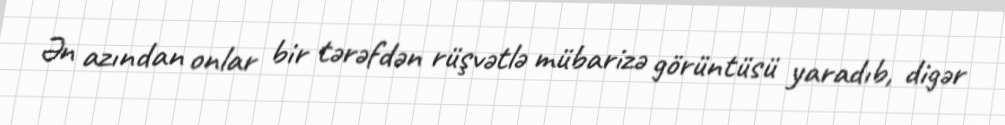
Ən azından onlar bir tərəfdən rüşvətlə mübarizə görüntüsü yaradıb, digər